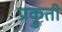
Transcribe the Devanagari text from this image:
प्रक्रुती